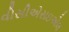
વીસીએસઇએલ